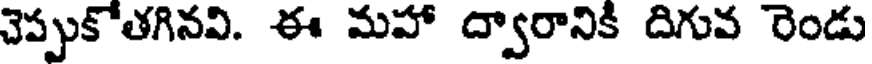
చెప్పుకోతగినవి. ఈ మహా ద్వారానికి దిగువ రెండు